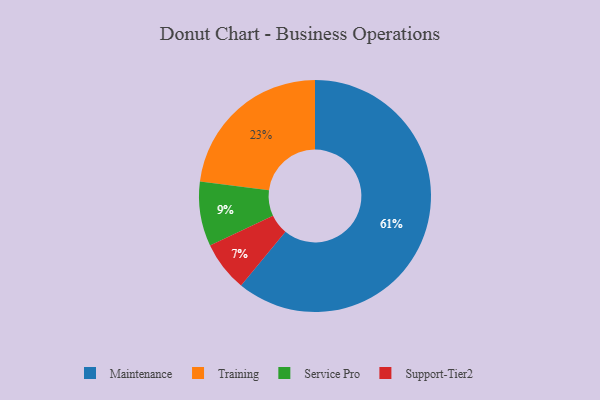
{"axis": {"x": "Category", "y": "Percentage"}, "legend": ["Maintenance", "Service Pro", "Support-Tier2", "Training"], "data": [{"x": "Support-Tier2", "y": 7, "type": "Support-Tier2"}, {"x": "Service Pro", "y": 9, "type": "Service Pro"}, {"x": "Training", "y": 23, "type": "Training"}, {"x": "Maintenance", "y": 61, "type": "Maintenance"}]}